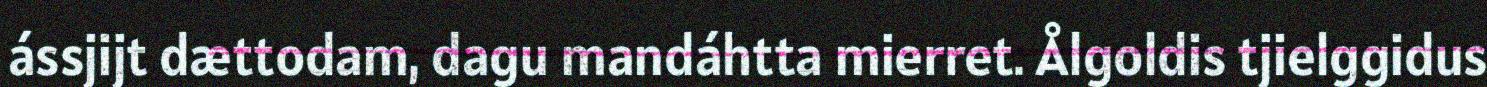
ássjijt dættodam, dagu mandáhtta mierret. Ålgoldis tjielggidus